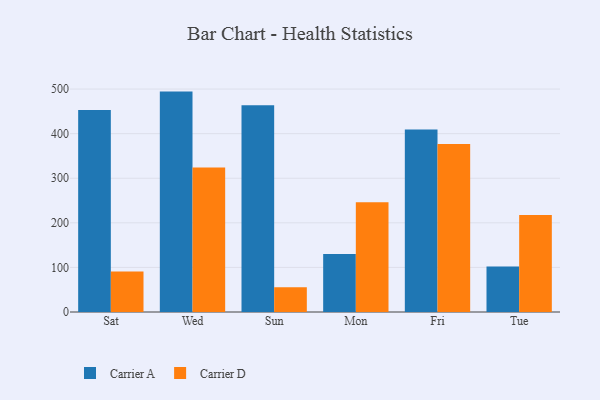
{"axis": {"x": "Day", "y": "Gross Profit (USD K)"}, "legend": ["Carrier A", "Carrier D"], "data": [{"x": "Sat", "y": 453.3, "type": "Carrier A"}, {"x": "Sat", "y": 90.9, "type": "Carrier D"}, {"x": "Wed", "y": 494.3, "type": "Carrier A"}, {"x": "Wed", "y": 324.3, "type": "Carrier D"}, {"x": "Sun", "y": 463.9, "type": "Carrier A"}, {"x": "Sun", "y": 55.3, "type": "Carrier D"}, {"x": "Mon", "y": 130.2, "type": "Carrier A"}, {"x": "Mon", "y": 246.3, "type": "Carrier D"}, {"x": "Fri", "y": 409.1, "type": "Carrier A"}, {"x": "Fri", "y": 377.0, "type": "Carrier D"}, {"x": "Tue", "y": 102.0, "type": "Carrier A"}, {"x": "Tue", "y": 217.6, "type": "Carrier D"}]}